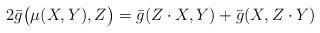
LaTeX: \begin{align*}2\bar g\bigl(\mu(X,Y),Z\bigr)=\bar g(Z\cdot X,Y)+\bar g(X,Z\cdot Y)\end{align*}